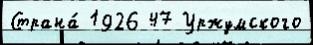
Страна́ 1926 47 Уржумского